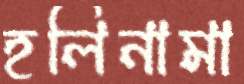
হলিনামা